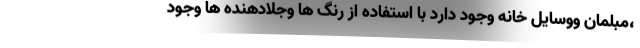
،مبلمان ووسایل خانه وجود دارد با استفاده از رنگ ها وجلادهنده ها وجود